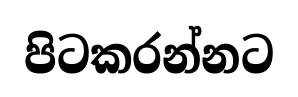
පිටකරන්නට